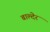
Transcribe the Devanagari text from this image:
बाल्देर